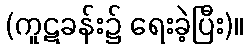
(ကူဋခန်း၌ ရေးခဲ့ပြီး)။